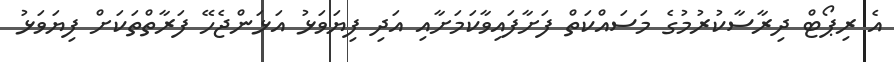
އެ ރިޕޯޓް ދިރާސާކުރުމުގެ މަސައްކަތް ފަށާފައިވާކަމަށާއި އަދި ފިޔަވަޅު އަޅަންޖެހޭ ފަރާތްތަކަށް ފިޔަވަޅު